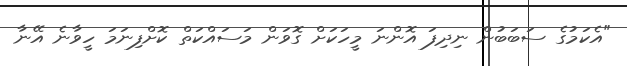
"އެކަމުގެ ސަބަބުން ނިދިފަ އޮންނަ މީހަކަށް ގޮވަން މަސައްކަތް ކޮށްފިނަމަ ހީވާނެ އޭނާ